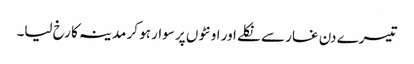
تیسرے دن غار سے نکلے اور اونٹوں پر سوار ہو کر مدینہ کا رخ لیا۔